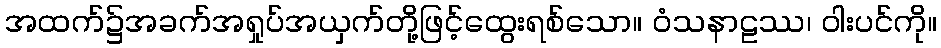
အထက်၌အခက်အရှုပ်အယှက်တို့ဖြင့်ထွေးရစ်သော။ ဝံသနာဠဿ၊ ဝါးပင်ကို။